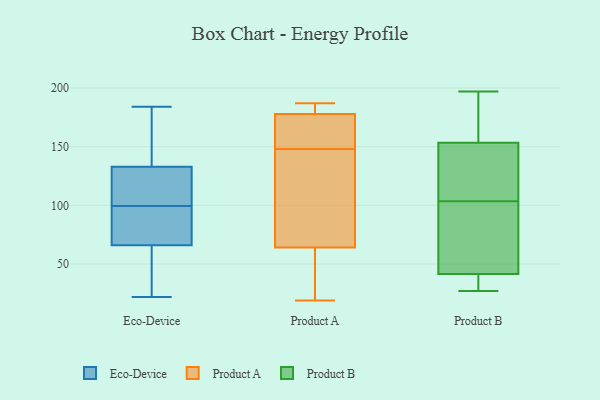
{"axis": {"x": "Backlog", "y": "Value"}, "legend": ["Eco-Device", "Product A", "Product B"], "data": [{"x": "", "y": 98, "type": "Eco-Device"}, {"x": "", "y": 37, "type": "Eco-Device"}, {"x": "", "y": 184, "type": "Eco-Device"}, {"x": "", "y": 144, "type": "Eco-Device"}, {"x": "", "y": 183, "type": "Eco-Device"}, {"x": "", "y": 99, "type": "Eco-Device"}, {"x": "", "y": 37, "type": "Eco-Device"}, {"x": "", "y": 173, "type": "Eco-Device"}, {"x": "", "y": 100, "type": "Eco-Device"}, {"x": "", "y": 22, "type": "Eco-Device"}, {"x": "", "y": 120, "type": "Eco-Device"}, {"x": "", "y": 108, "type": "Eco-Device"}, {"x": "", "y": 88, "type": "Eco-Device"}, {"x": "", "y": 122, "type": "Eco-Device"}, {"x": "", "y": 44, "type": "Eco-Device"}, {"x": "", "y": 90, "type": "Eco-Device"}, {"x": "", "y": 180, "type": "Product A"}, {"x": "", "y": 185, "type": "Product A"}, {"x": "", "y": 40, "type": "Product A"}, {"x": "", "y": 62, "type": "Product A"}, {"x": "", "y": 46, "type": "Product A"}, {"x": "", "y": 147, "type": "Product A"}, {"x": "", "y": 64, "type": "Product A"}, {"x": "", "y": 126, "type": "Product A"}, {"x": "", "y": 149, "type": "Product A"}, {"x": "", "y": 173, "type": "Product A"}, {"x": "", "y": 160, "type": "Product A"}, {"x": "", "y": 19, "type": "Product A"}, {"x": "", "y": 175, "type": "Product A"}, {"x": "", "y": 187, "type": "Product A"}, {"x": "", "y": 178, "type": "Product A"}, {"x": "", "y": 187, "type": "Product A"}, {"x": "", "y": 115, "type": "Product A"}, {"x": "", "y": 127, "type": "Product A"}, {"x": "", "y": 34, "type": "Product B"}, {"x": "", "y": 37, "type": "Product B"}, {"x": "", "y": 197, "type": "Product B"}, {"x": "", "y": 34, "type": "Product B"}, {"x": "", "y": 150, "type": "Product B"}, {"x": "", "y": 197, "type": "Product B"}, {"x": "", "y": 152, "type": "Product B"}, {"x": "", "y": 114, "type": "Product B"}, {"x": "", "y": 71, "type": "Product B"}, {"x": "", "y": 38, "type": "Product B"}, {"x": "", "y": 194, "type": "Product B"}, {"x": "", "y": 155, "type": "Product B"}, {"x": "", "y": 45, "type": "Product B"}, {"x": "", "y": 104, "type": "Product B"}, {"x": "", "y": 108, "type": "Product B"}, {"x": "", "y": 27, "type": "Product B"}, {"x": "", "y": 73, "type": "Product B"}, {"x": "", "y": 103, "type": "Product B"}, {"x": "", "y": 165, "type": "Product B"}, {"x": "", "y": 94, "type": "Product B"}]}